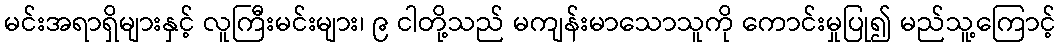
မင်းအရာရှိများနှင့် လူကြီးမင်းများ၊ ၉ ငါတို့သည် မကျန်းမာသောသူကို ကောင်းမှုပြု၍ မည်သူ့ကြောင့်